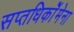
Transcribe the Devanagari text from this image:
सप्तधिकाॅेमेना